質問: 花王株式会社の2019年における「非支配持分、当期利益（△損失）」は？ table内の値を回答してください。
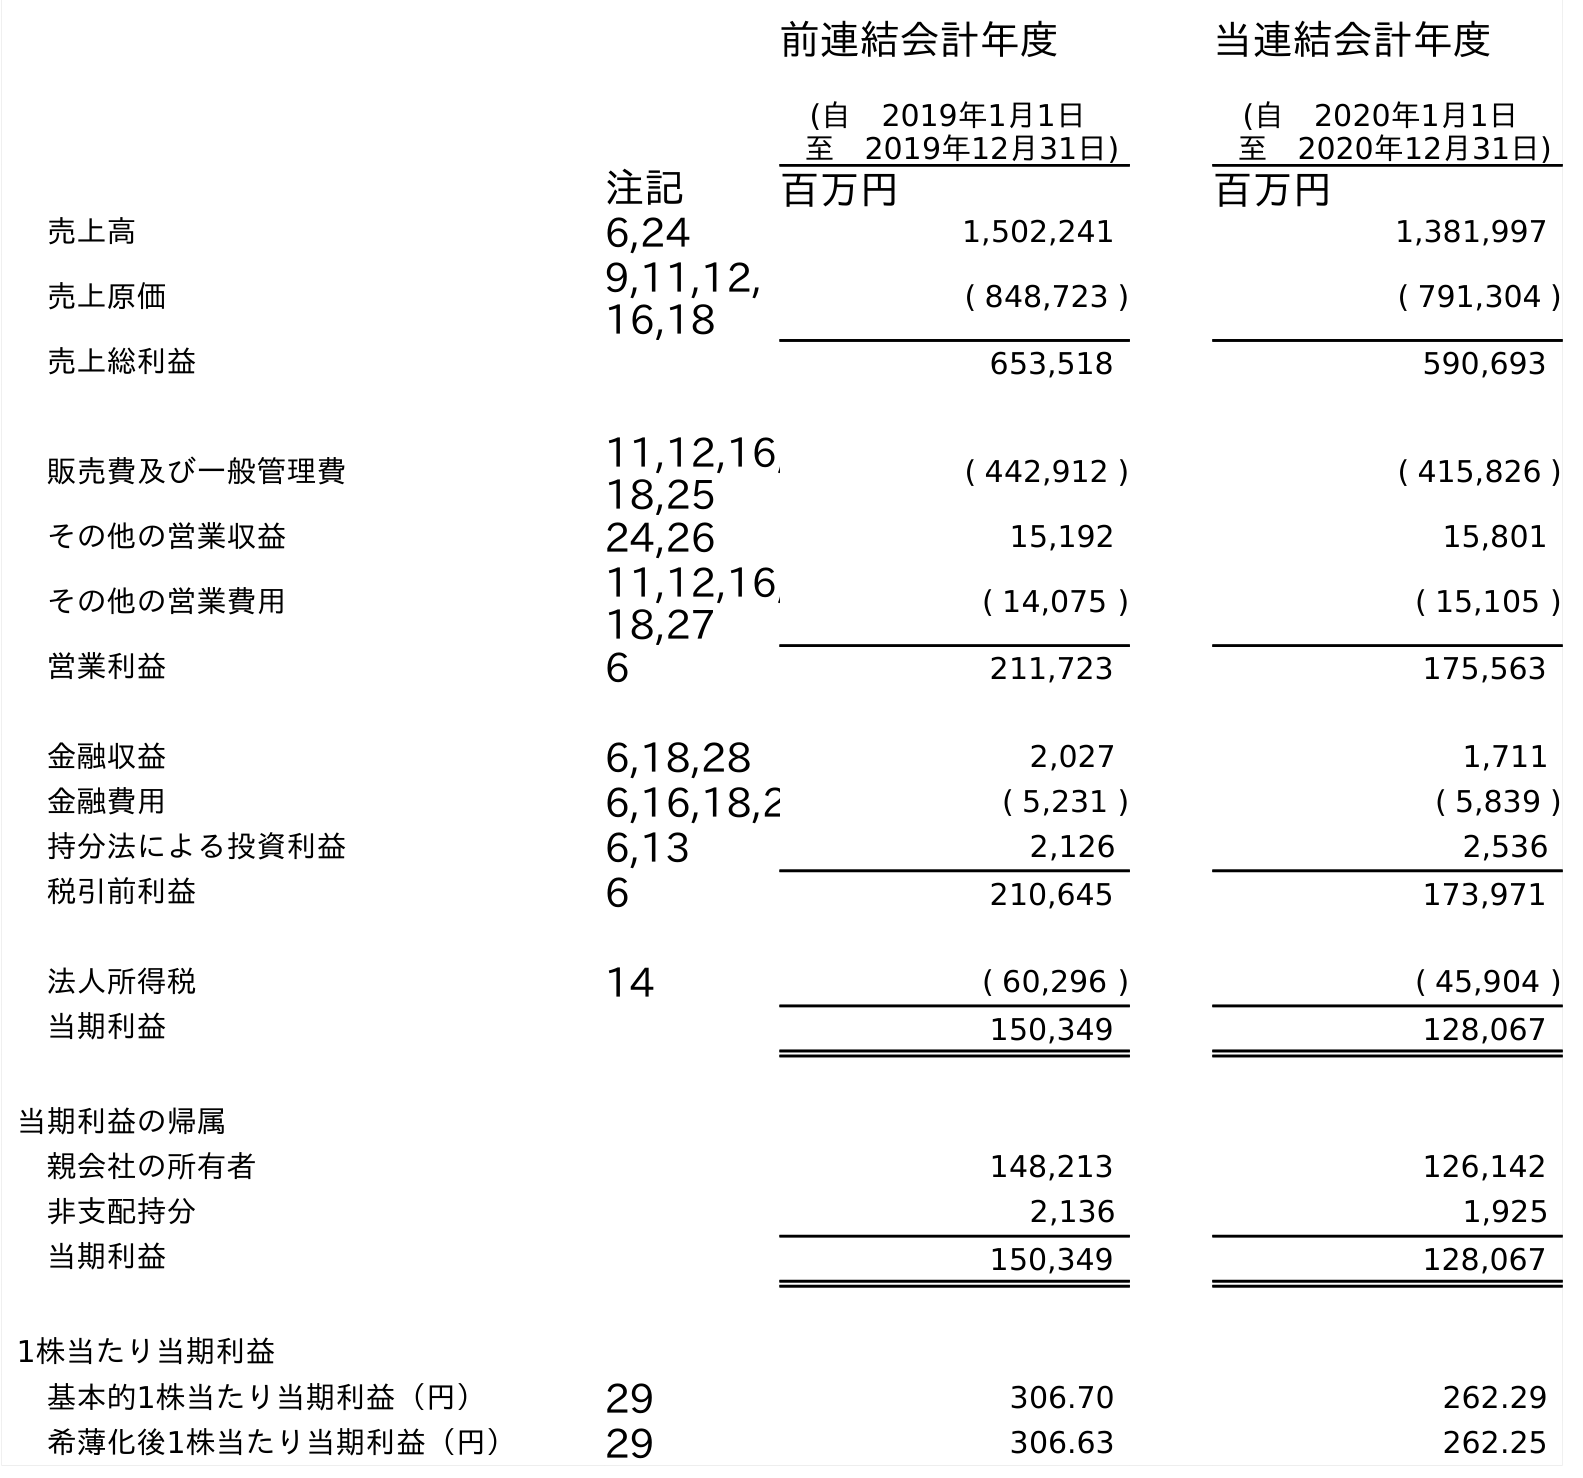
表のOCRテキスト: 前連結会計年度 (自 2019年1月1日 至 2019年12月31日) 当連結会計年度 (自 2020年1月1日 至 2020年12月31日) 注記 百万円 百万円 売上高 6,24 1,502,241 1,381,997 売上原価 9,11,12, 16,18 ( 848,723 ) ( 791,304 ) 売上総利益 653,518 590,693 販売費及び一般管理費 11,12,16, 18,25 ( 442,912 ) ( 415,826 ) その他の営業収益 24,26 15,192 15,801 その他の営業費用 11,12,16, 18,27 ( 14,075 ) ( 15,105 ) 営業利益 6 211,723 175,563 金融収益 6,18,28 2,027 1,711 金融費用 6,16,18,2 ( 5,231 ) ( 5,839 ) 持分法による投資利益 6,13 2,126 2,536 税引前利益 6 210,645 173,971 法人所得税 14 ( 60,296 ) ( 45,904 ) 当期利益 150,349 128,067 当期利益の帰属 親会社の所有者 148,213 126,142 非支配持分 2,136 1,925 当期利益 150,349 128,067 1株当たり当期利益 基本的1株当たり当期利益（円） 29 306.70 262.29 希薄化後1株当たり当期利益（円） 29 306.63 262.25
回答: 2,136